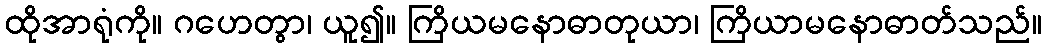
ထိုအာရုံကို။ ဂဟေတွာ၊ ယူ၍။ ကြိယမနောဓာတုယာ၊ ကြိယာမနောဓာတ်သည်။